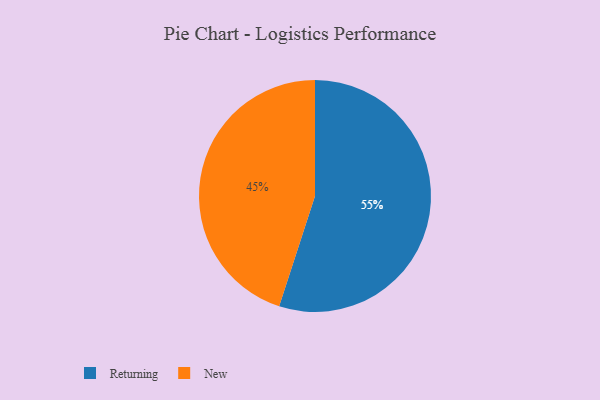
{"axis": {"x": "Category", "y": "Percentage"}, "legend": ["New", "Returning"], "data": [{"x": "New", "y": 45, "type": "New"}, {"x": "Returning", "y": 55, "type": "Returning"}]}